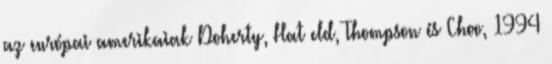
az európai amerikaiak Doherty, Hatﬁeld, Thompson és Choo, 1994